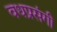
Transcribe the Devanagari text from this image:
वधप्रसंगी